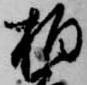
柏